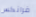
فرانكس